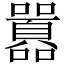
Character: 囂